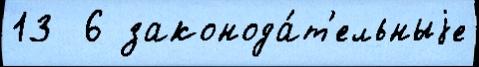
13  6 законода́т'ельныjе